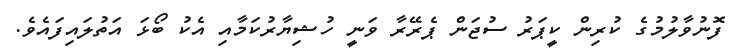
ފޮނުވާލުމުގެ ކުރިން ކީޕަރު ސުޖަން ޕެރޭރާ ވަނީ ހުޝިޔާރުކަމާއި އެކު ބޯޅަ އަތުލައިފައެވެ.